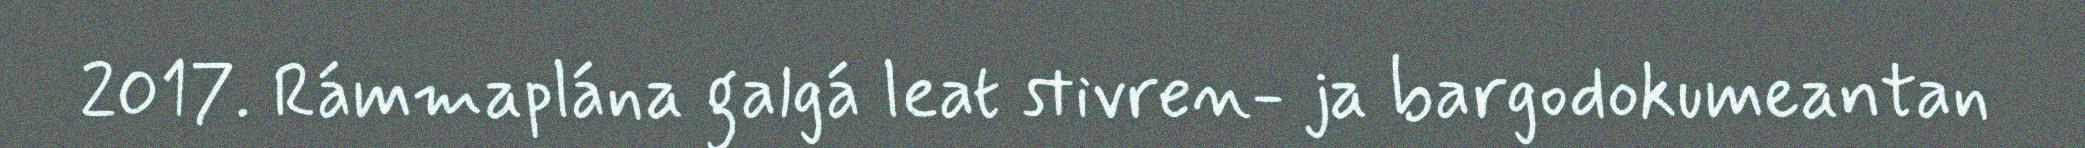
2017. Rámmaplána galgá leat stivren- ja bargodokumeantan